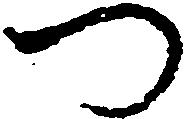
つ